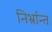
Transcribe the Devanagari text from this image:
निर्भ्रान्त